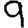
Digit: 9